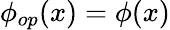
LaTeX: \phi_{op}(x)=\phi(x)